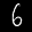
Label: 6